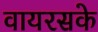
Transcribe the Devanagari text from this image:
वायरसके